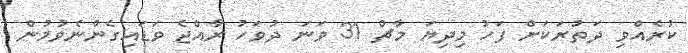
ކުރެއްވި ދަތުރަކަށް ފަހު މިދިޔަ މާޗް 31 ވަނަ ދުވަހު ރާއްޖެ ވަޑައިގެންނެވުމުން